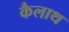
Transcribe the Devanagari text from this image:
कैलाथ